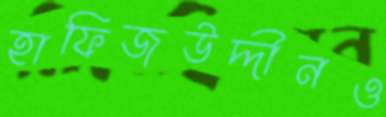
হাফিজউদ্দীনও